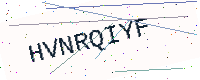
Text: HVNRQIYF